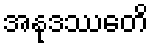
အနုဒဿေတိ